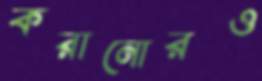
করানোরও